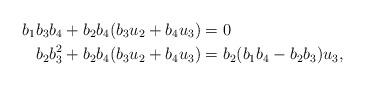
LaTeX: \begin{align*}b_{1}b_{3}b_{4}+b_{2}b_{4}(b_{3}u_{2}+b_{4}u_{3})&=0\\b_{2}b_{3}^{2}+b_{2}b_{4}(b_{3}u_{2}+b_{4}u_{3})&=b_{2}(b_{1}b_{4}-b_{2}b_{3})u_{3},\end{align*}